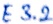
Text: E3.2